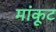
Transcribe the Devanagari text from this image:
मांकूट